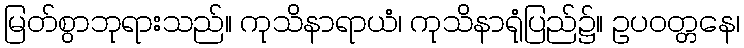
မြတ်စွာဘုရားသည်။ ကုသိနာရာယံ၊ ကုသိနာရုံပြည်၌။ ဥပဝတ္တနေ၊